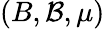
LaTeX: (B,{\mathcal{B}},\mu)